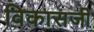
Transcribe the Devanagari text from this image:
विकासजी